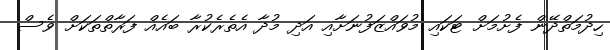
ހިދުމަތްދޭން ފެށުމަށް ޓަކައި މުވައްޒަފުނަށާއި އަދި މުދާ އެތެރެކުރާ ބައެއް ފަރާތްތަކަށް ވެސް